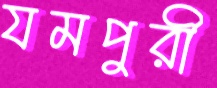
যমপুরী